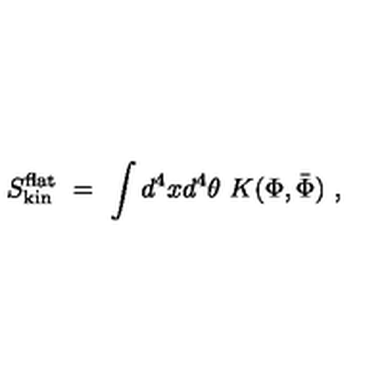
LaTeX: S _ { \mathrm { k i n } } ^ { \mathrm { f l a t } } \ = \ \int d ^ { 4 } x d ^ { 4 } \theta \ K ( \Phi , \bar { \Phi } ) \ ,